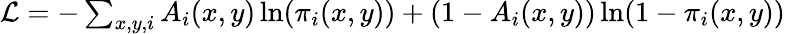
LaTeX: \begin{array}{r}{\mathcal{L}=-\sum_{x,y,i}A_{i}(x,y)\ln(\pi_{i}(x,y))+(1-A_{i}(x,y))\ln(1-\pi_{i}(x,y))}\end{array}